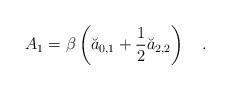
LaTeX: \begin{align*}A_1=\beta \left(\breve{a}_{0,1}+\frac 12 \breve{a}_{2,2}\right)~~~.\end{align*}